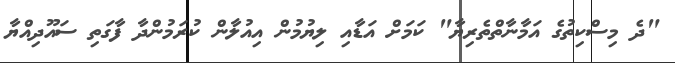
"ދެ މިސްކިތުގެ އަމާނާތްތެރިޔާ" ކަމަށް އަޑާއި ލިޔުމުން އިއުލާން ކުރަމުންދާ ފާގަތި ސައޫދިއްޔާ